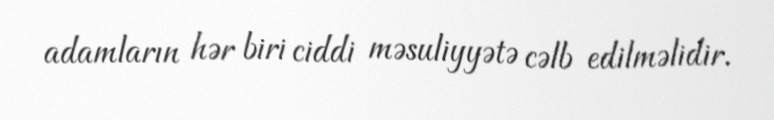
adamların hər biri ciddi məsuliyyətə cəlb edilməlidir.